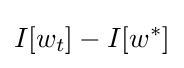
I[w_{t}]-I[w^{\ast }]